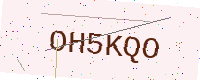
Text: OH5KQO